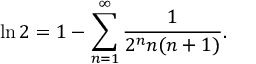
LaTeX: \ln 2 = 1 - \sum _ { n = 1 } ^ { \infty } { \frac { 1 } { 2 ^ { n } n ( n + 1 ) } } .